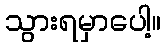
သွားရမှာပေါ့။